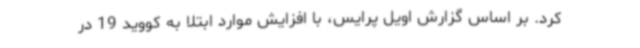
کرد. بر اساس گزارش اویل پرایس، با افزایش موارد ابتلا به کووید 19 در